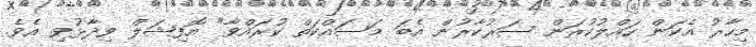
މިހާރު އެކަން ހައްލުކުރަން ސަރުކާރުން އެބަ މަސައްކަތް ކުރައްވާ" އޮފިޝަލް ވިދާޅުވި އެވެ.